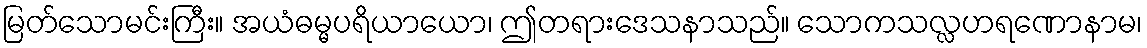
မြတ်သောမင်းကြီး။ အယံဓမ္မပရိယာယော၊ ဤတရားဒေသနာသည်။ သောကသလ္လဟရဏောနာမ၊